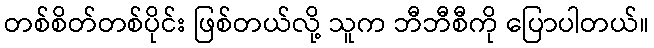
တစ်စိတ်တစ်ပိုင်း ဖြစ်တယ်လို့ သူက ဘီဘီစီကို ပြောပါတယ်။